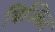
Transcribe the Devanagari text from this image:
बिज्कित